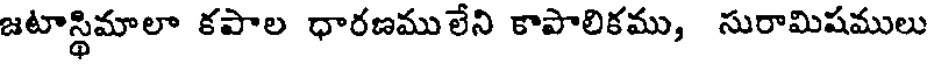
జటాస్థిమాలా కపాల ధారణములేని కాపాలికము, సురామిషములు